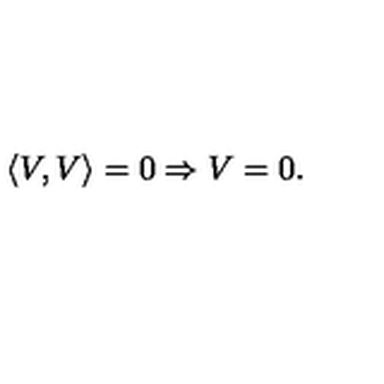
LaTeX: \left\langle V , V \right\rangle = 0 \Rightarrow V = 0 .